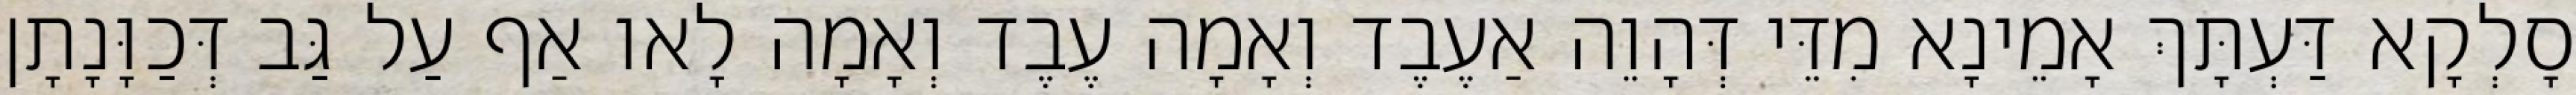
סָלְקָא דַּעְתָּךְ אָמֵינָא מִדֵּי דְּהָוֵה אַעֶבֶד וְאָמָה עֶבֶד וְאָמָה לָאו אַף עַל גַּב דְּכַוָּנָתָן